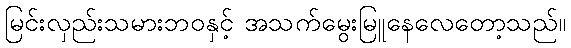
မြင်းလှည်းသမားဘဝနှင့် အသက်မွေးမြူနေလေတော့သည်။